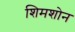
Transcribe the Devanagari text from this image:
शिमशोन